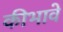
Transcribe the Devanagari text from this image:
कीभावे